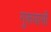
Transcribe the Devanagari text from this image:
गुरूघासी